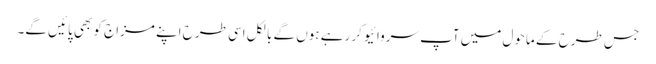
جس طرح کے ماحول میں آپ سروائیو کر رہے ہوں گے بالکل اسی طرح اپنے مزاج کو بھی پائیں گے۔